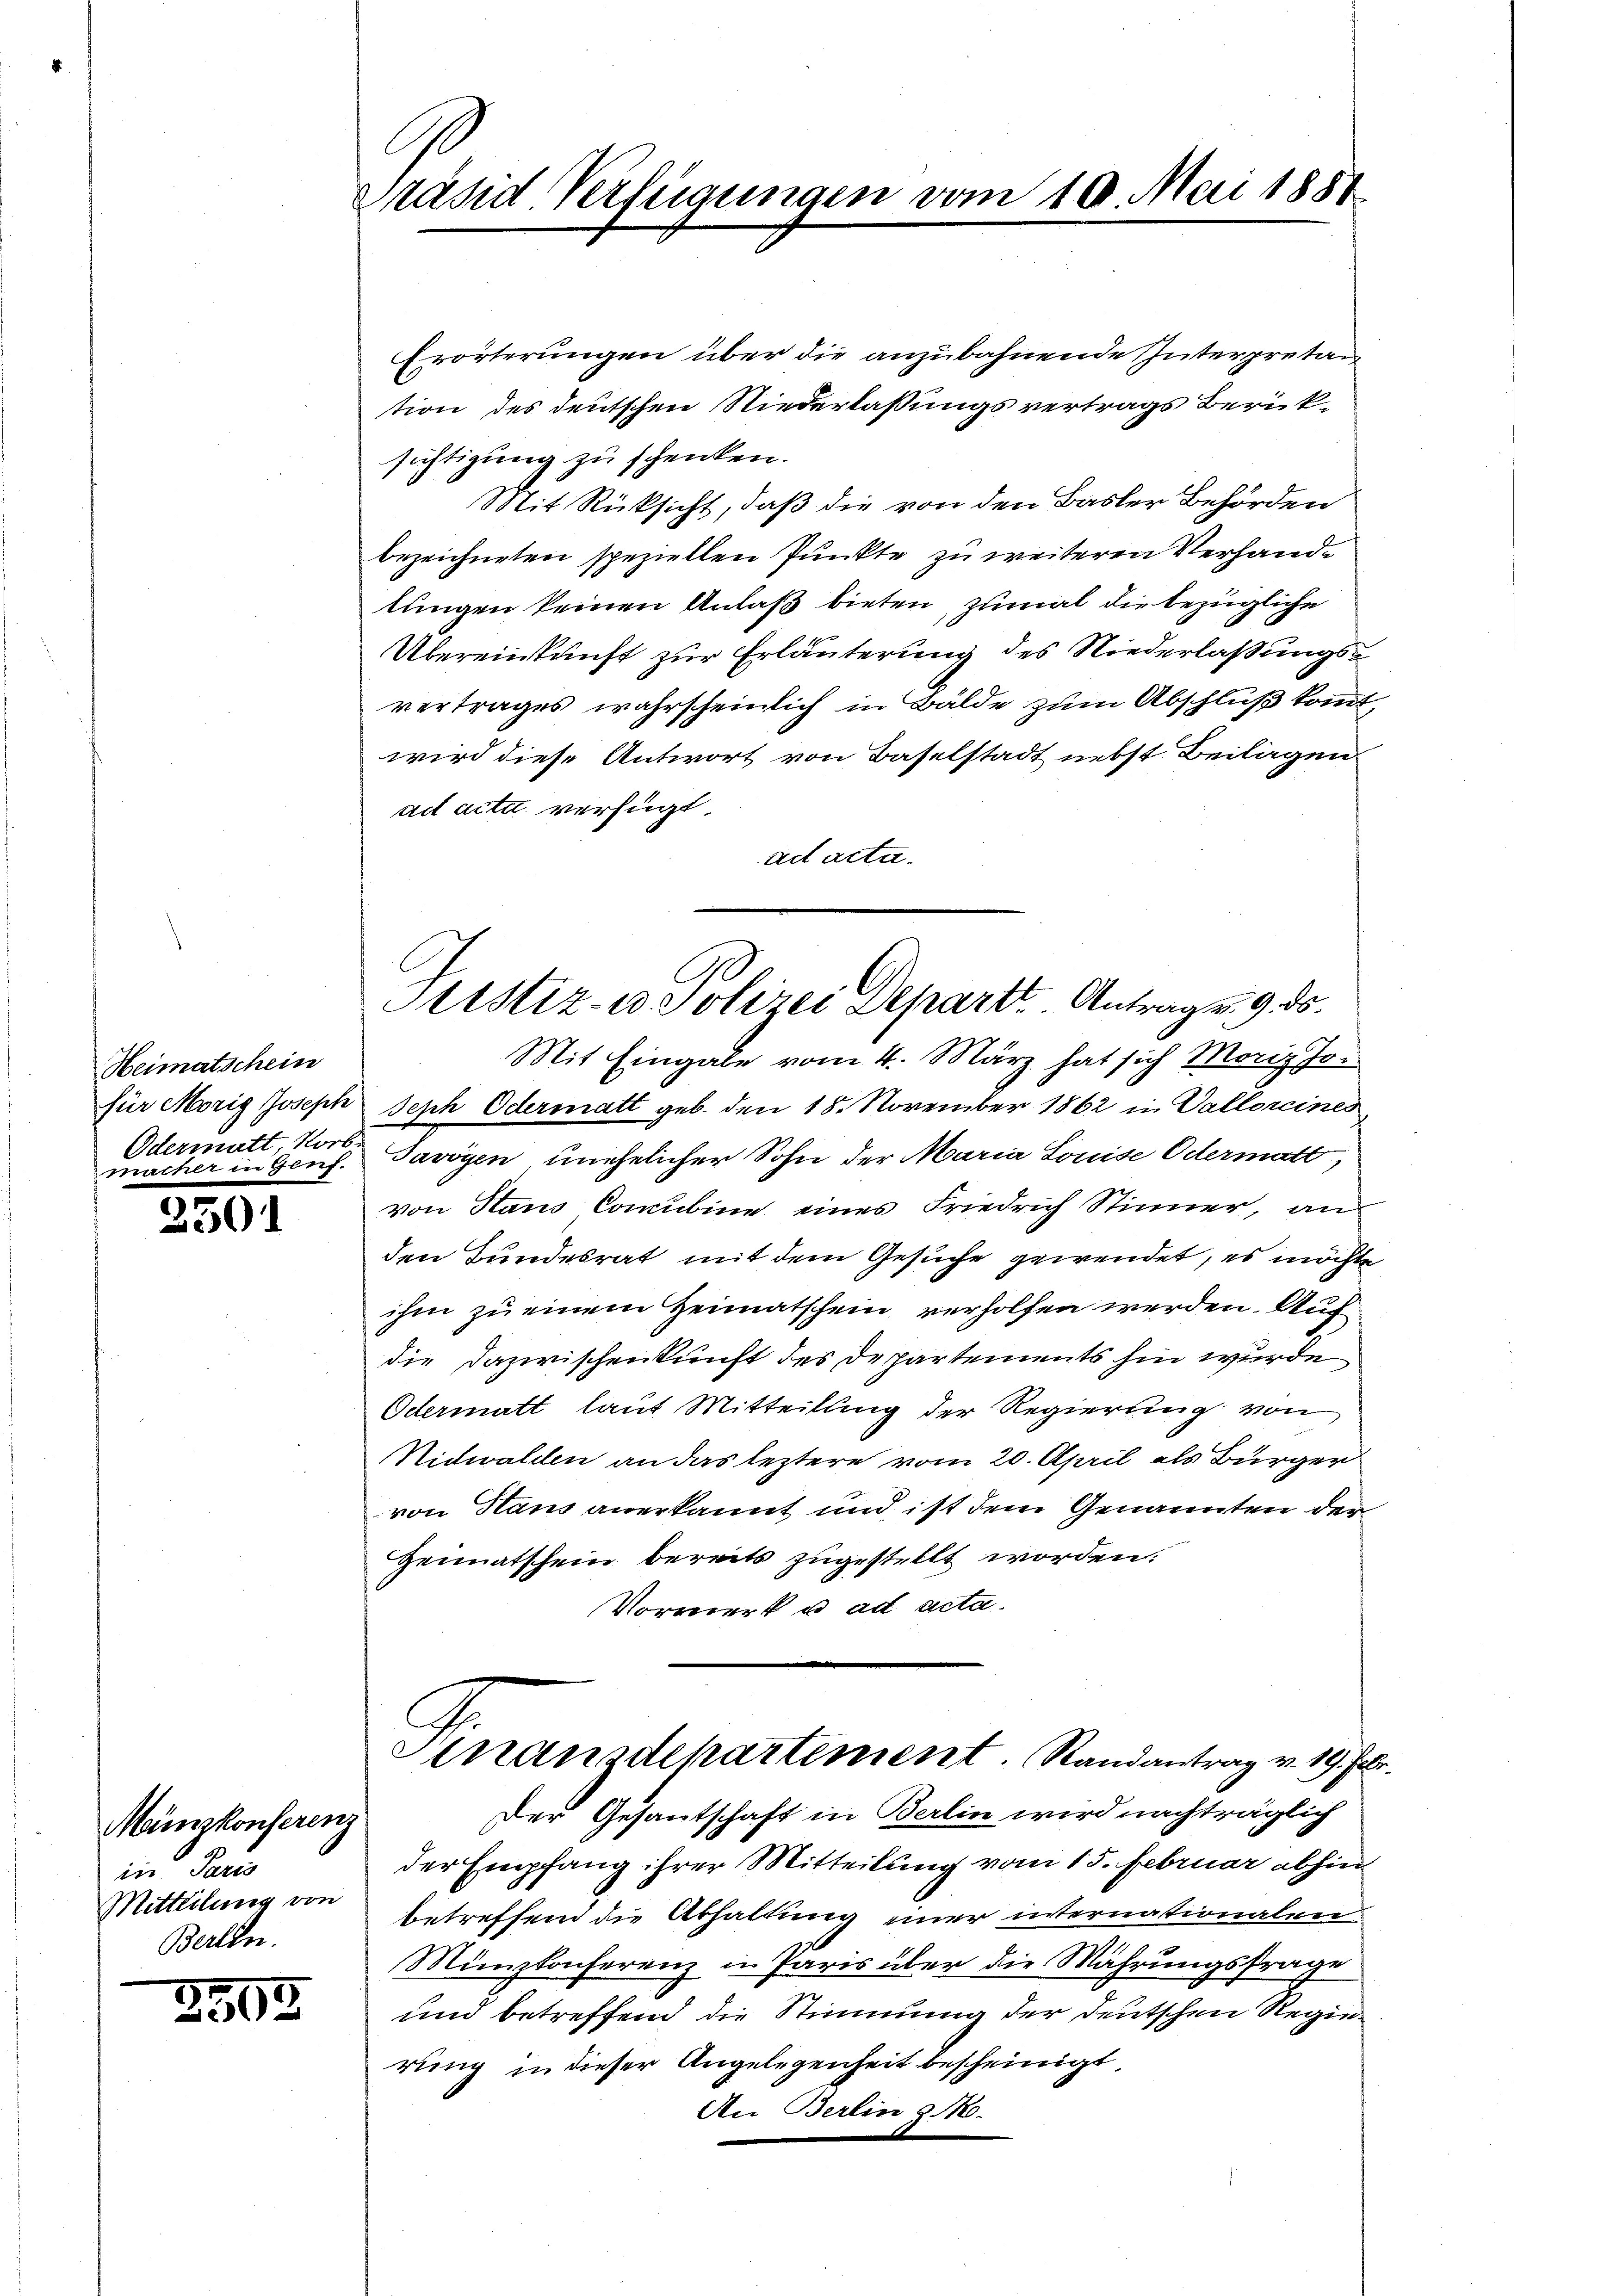
Heimatschein
Odermatt Norb.
macher in Genf.

3501

Münzkonferenz
in Paris
Mitteilung von
Berlin.

2568.

e
Präsid Verfügungen vom 10. Mai 1851

Erörterungen über die anzubahnende Interpretan
tion des deutschen Niederlaßungsvertrags Berücksichtigung zu schenken.
Mit Rüksicht, daß die von den Basler Behörden
bezeichneten speziellen Punkte zu weiteren Verhande
tungen keinen Anlaß bieten, zumal die bezügliche
Übereinkunft zur Erläuterung des Niederlaßungsvertrages wahrscheinlich in Bälde zum Abschluß kommt,
wird diese Antwort von Baselstadt nebst. Beilagen
ad acta verfügt:
aet actu
Mit Eingabe vom 4. März hat sich Morig Jofür Morig Joseph Seph Odermatt geb. den 18. November 1862 in Valloreines
Javoyen unehelicher Sohn der Maria Louise Odermatt,
von Haus Concubine eines Friedrich Stimmer, an
den Bundesrat mit dem Gesuche gewendet, es möchte
ihm zu einem Heimatschein verholfen werden. Auf
die dazwischenkunft des Departements hin wurde
Odermatt laut Mitteilung der Regierung von
Nidwalden an das leztere vom 20. April als Bürger
von Hans anerkannt und ist dem Genannten der
Heimatschein bereits zugestellt worden.
Vormerk u. ad acta.
Finandekartement. Randantrag v. 19. Fr.
Der Gesantschaft in Berlin wird nachträglich
der Empfang ihrer Mitteilung vom 15. Februar abhin
betreffend die Abhaltung einer internationalen.
Münzkonferenz in Paris über die Währungsfrage
und betreffend die Stimmung der deutschen Regierung in dieser Angelegenheit bescheinigt,
An Berlin 51.

Sistiz- u Polizei Depart. Antrag v. 9. ds.